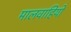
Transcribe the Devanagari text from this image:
मालवाहियों